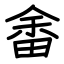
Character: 畬